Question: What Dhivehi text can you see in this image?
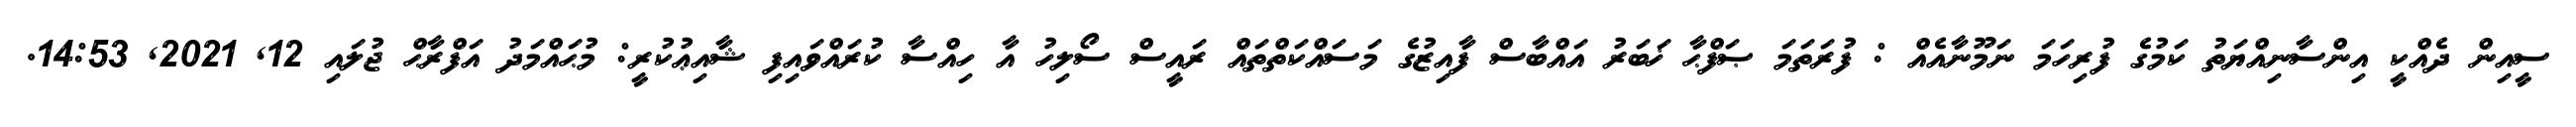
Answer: ސީއިން ދެއްކީ އިންސާނިއްޔަތު ކަމުގެ ފުރިހަމަ ނަމޫނާއެއް : ފުރަތަމަ ޞަފްޙާ ޚަބަރު އައްބާސް ފާއިޒުގެ މަސައްކަތްތައް ރައީސް ސޯލިހު އާ ހިއްސާ ކުރައްވައިފި ޝާއިޢުކުރީ: މުޙައްމަދު އަފްރާޙް ޖުލައި 12, 2021, 14:53.